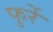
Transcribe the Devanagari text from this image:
फुर्रे